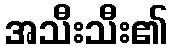
အသီးသီး၏